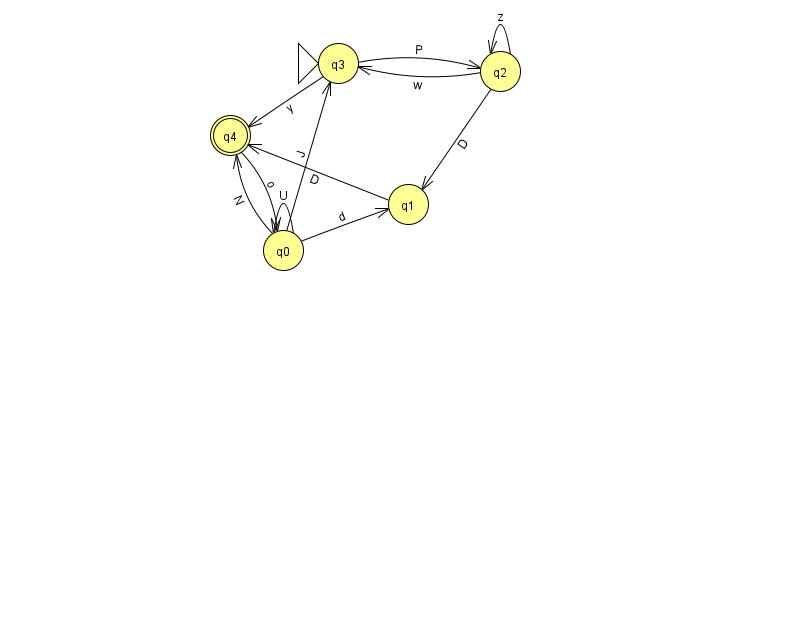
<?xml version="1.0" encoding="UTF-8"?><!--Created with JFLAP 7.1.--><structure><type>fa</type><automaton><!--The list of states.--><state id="0" name="q0"><x>283.0</x><y>237.0</y></state><state id="1" name="q1"><x>408.0</x><y>191.0</y></state><state id="2" name="q2"><x>500.0</x><y>58.0</y></state><state id="3" name="q3"><x>338.0</x><y>50.0</y><initial/></state><state id="4" name="q4"><x>230.0</x><y>122.0</y><final/></state><!--The list of transitions.--><transition><from>0</from><to>3</to><read>J</read></transition><transition><from>0</from><to>4</to><read>N</read></transition><transition><from>0</from><to>0</to><read>U</read></transition><transition><from>1</from><to>4</to><read>D</read></transition><transition><from>4</from><to>0</to><read>o</read></transition><transition><from>2</from><to>2</to><read>z</read></transition><transition><from>2</from><to>3</to><read>w</read></transition><transition><from>2</from><to>1</to><read>D</read></transition><transition><from>3</from><to>2</to><read>P</read></transition><transition><from>3</from><to>4</to><read>y</read></transition><transition><from>0</from><to>1</to><read>d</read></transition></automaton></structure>